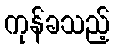
ကုန်ခသည့်